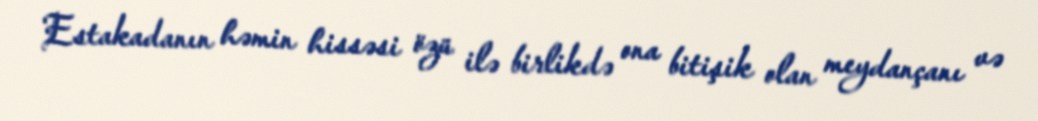
Estakadanın həmin hissəsi özü ilə birlikdə ona bitişik olan meydançanı və